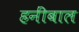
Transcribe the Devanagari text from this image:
हनींबाल